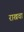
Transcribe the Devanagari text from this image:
राखवा